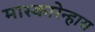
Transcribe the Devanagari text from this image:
मास्कारेन्हास